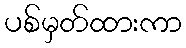
ပစ်မှတ်ထားကာ